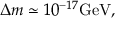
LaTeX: \Delta m \simeq 1 0 ^ { - 1 7 } \mathrm { G e V } ,